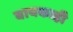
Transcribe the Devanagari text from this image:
बायकाही